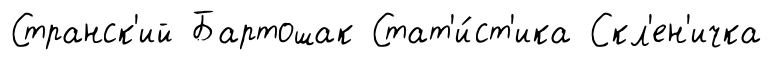
Странск'ий Бартошак Стат'и́ст'ика Скл'ен'ичка